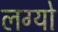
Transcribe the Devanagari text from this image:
लग्यो